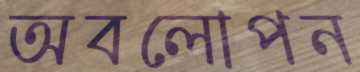
অবলোপন